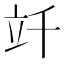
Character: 竏